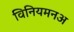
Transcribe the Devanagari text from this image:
विनियमनअ